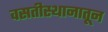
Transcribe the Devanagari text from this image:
वसतीस्थानातून